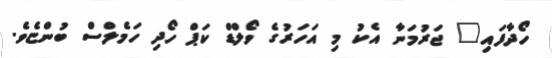
ހޯދާފައި" ޖަރުމަނާ އެކު މި އަހަރުގެ ވޯލްޑް ކަޕް ހޯދި ހަމެލްސް ބުންޏެވެ.